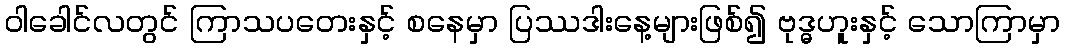
ဝါခေါင်လတွင် ကြာသပတေးနှင့် စနေမှာ ပြဿဒါးနေ့များဖြစ်၍ ဗုဒ္ဓဟူးနှင့် သောကြာမှာ